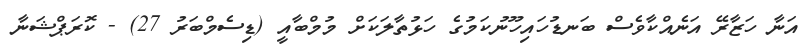
އަނާ ހަޒާރޭ އަނެއްކާވެސް ބަނޑުހައިހޫނުކަމުގެ ހަޅުތާލަކަށް މުމްބާއީ (ޑިސެމްބަރު 27) - ކޮރަޕްޝަނާ